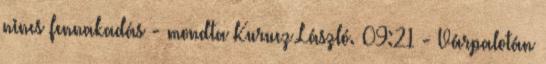
nincs fennakadás - mondta Kurucz László. 09:21 - Várpalotán